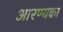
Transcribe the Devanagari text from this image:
आरण्यका